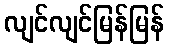
လျင်လျင်မြန်မြန်